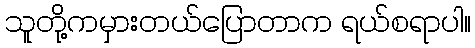
သူတို့ကမှားတယ်ပြောတာက ရယ်စရာပါ။